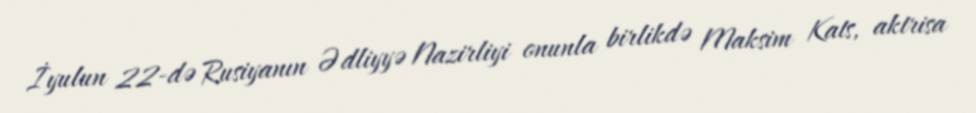
İyulun 22-də Rusiyanın Ədliyyə Nazirliyi onunla birlikdə Maksim Kats, aktrisa